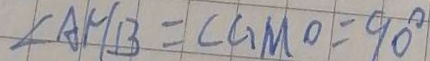
\angle A H B = \angle G M O = 9 0 ^ { \circ }